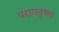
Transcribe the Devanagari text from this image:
परागतृष्णा